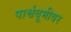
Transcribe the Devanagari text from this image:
पार्श्वबूमीवर